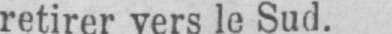
retirer vers le Sud.